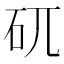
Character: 矹